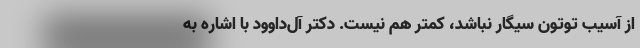
از آسیب توتون سیگار نباشد، کمتر هم نیست. دکتر آل‌داوود با اشاره به